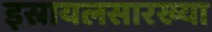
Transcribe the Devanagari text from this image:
इस्रायलसारख्या